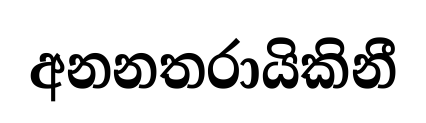
අනනතරායිකිනී